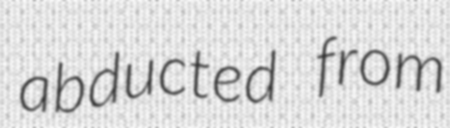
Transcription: abducted from